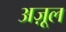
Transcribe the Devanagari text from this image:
अज़ूल